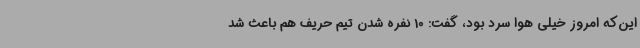
این‌که امروز خیلی هوا سرد بود، گفت: 10 نفره شدن تیم حریف هم باعث شد